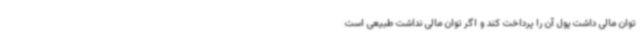
توان مالی داشت پول آن را پرداخت کند و اگر توان مالی نداشت طبیعی است